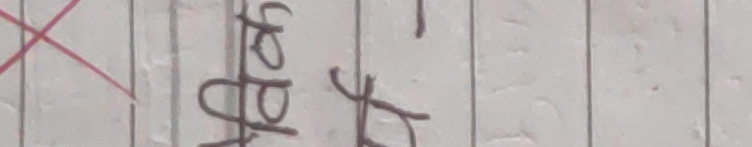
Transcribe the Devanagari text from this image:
ठप५